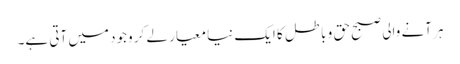
ہر آنے والی صبح حق و باطل کا ایک نیا معیار لے کر وجود میں آتی ہے۔